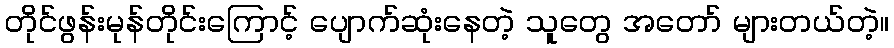
တိုင်ဖွန်းမုန်တိုင်းကြောင့် ပျောက်ဆုံးနေတဲ့ သူတွေ အတော် များတယ်တဲ့။